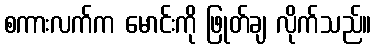
စကားလက်က မောင်းကို ဖြုတ်ချ လိုက်သည်။